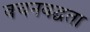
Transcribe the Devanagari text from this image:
वचनबद्घता